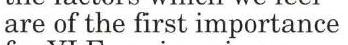
are of the first importance